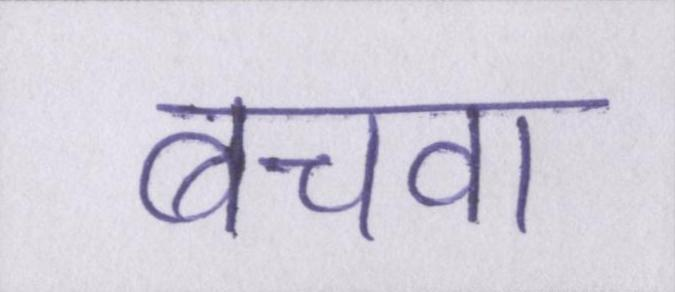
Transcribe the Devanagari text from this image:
बचवा